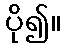
ပို၍။